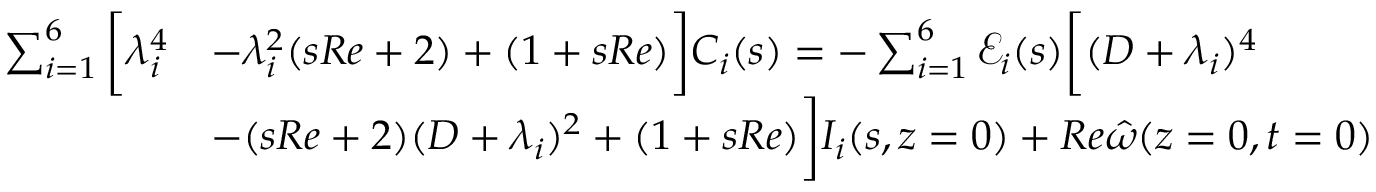
\begin{array} { r l } { \sum _ { i = 1 } ^ { 6 } \bigg [ \lambda _ { i } ^ { 4 } } & { - \lambda _ { i } ^ { 2 } ( s R e + 2 ) + ( 1 + s R e ) \bigg ] C _ { i } ( s ) = - \sum _ { i = 1 } ^ { 6 } \mathscr { E } _ { i } ( s ) \bigg [ ( D + \lambda _ { i } ) ^ { 4 } } \\ & { - ( s R e + 2 ) ( D + \lambda _ { i } ) ^ { 2 } + ( 1 + s R e ) \bigg ] I _ { i } ( s , z = 0 ) + R e \hat { \omega } ( z = 0 , t = 0 ) } \end{array}